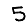
Digit: 5